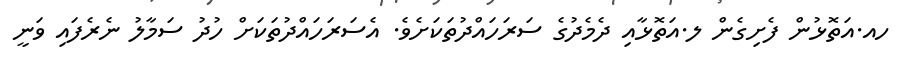
ހއ.އަތޮޅުން ފެށިގެން ލ.އަތޮޅާއި ދެމެދުގެ ސަރަހައްދުތަކަށެވެ. އެސަރަހައްދުތަކަށް ހުދު ސަމާލު ނެރެފައި ވަނީ